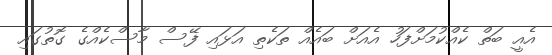
އެއީ ބަތް ކެއްކުމަށްފަހު އެއަށް ބައެއް ތަކެތި އަޅައި ފޭސް މާސްކެއްގެ ގޮތުގައި